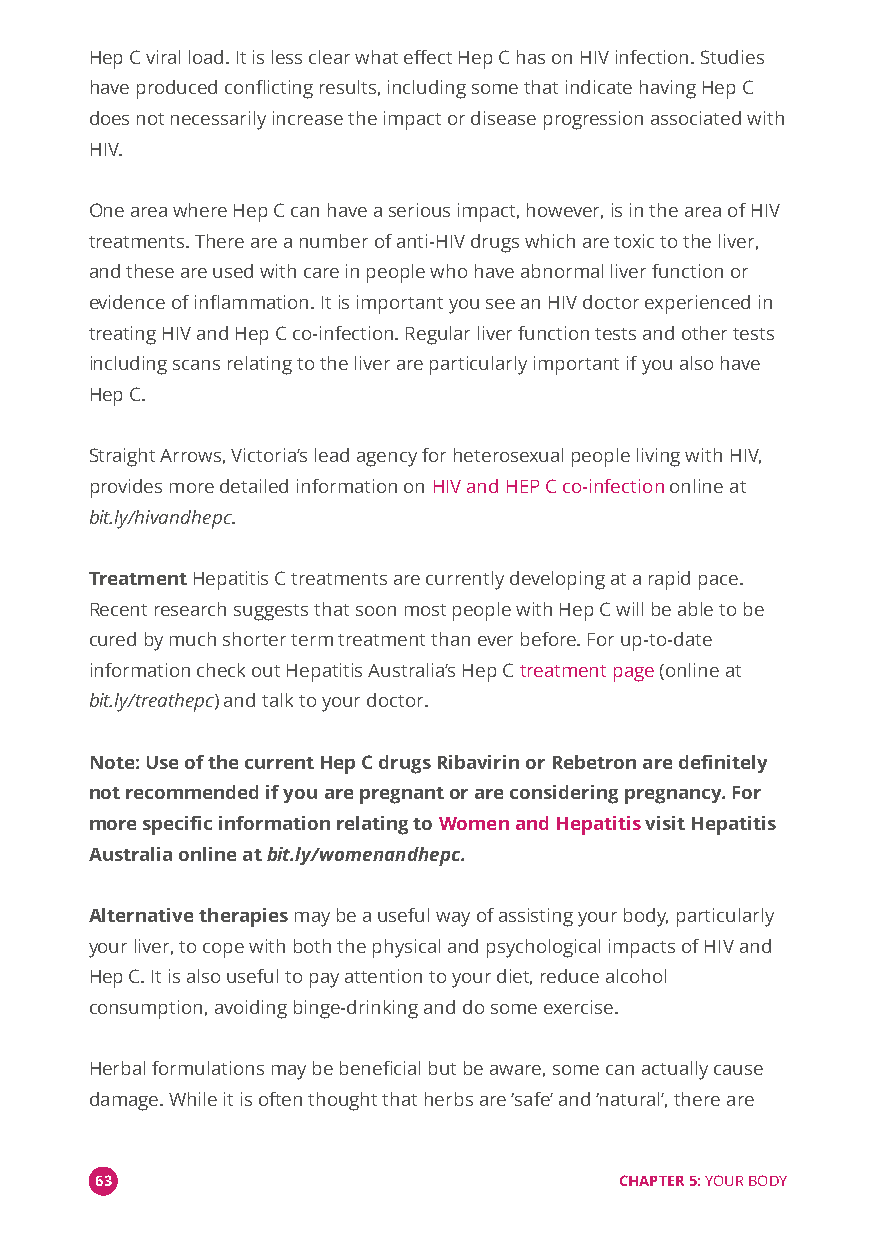
Hep C viral load. It is less clear what effect Hep C has on HIV infection. Studies
 have produced conflicting results, including some that indicate having Hep C
 does not necessarily increase the impact or disease progression associated with
 HIV.
 One area where Hep C can have a serious impact, however, is in the area of HIV
 treatments. There are a number of anti-HIV drugs which are toxic to the liver,
 and these are used with care in people who have abnormal liver function or
 evidence of inflammation. It is important you see an HIV doctor experienced in
 treating HIV and Hep C co-infection. Regular liver function tests and other tests
 including scans relating to the liver are particularly important if you also have
 Hep C.
 Straight Arrows, Victoria’s lead agency for heterosexual people living with HIV,
 provides more detailed information onHIV and HEP C co-infectiononline at
 bit.ly/hivandhepc.
 TreatmentHepatitis C treatments are currently developing at a rapid pace.
 Recent research suggests that soon most people with Hep C will be able to be
 cured by much shorter term treatment than ever before. For up-to-date
 information check out Hepatitis Australia’s Hep Ctreatment page(online at
 bit.ly/treathepc) and talk to your doctor.
 Note: Use of the current Hep C drugs Ribavirin or Rebetron are definitely
 not recommended if you are pregnant or are considering pregnancy. For
 more specific information relating toWomen and Hepatitisvisit Hepatitis
 Australia online atbit.ly/womenandhepc.
 Alternative therapiesmay be a useful way of assisting your body, particularly
 your liver, to cope with both the physical and psychological impacts of HIV and
 Hep C. It is also useful to pay attention to your diet, reduce alcohol
 consumption, avoiding binge-drinking and do some exercise.
 Herbal formulations may be beneficial but be aware, some can actually cause
 damage. While it is often thought that herbs are‘safe’and‘natural’, there are
 63                                 CHAPTER 5:YOUR BODY